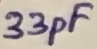
Text: 33pF